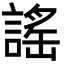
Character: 謠